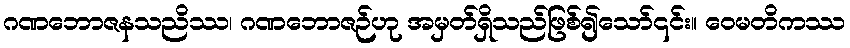
ဂဏဘောဇနသညိဿ၊ ဂဏဘောဇဉ်ဟု အမှတ်ရှိသည်ဖြစ်၍သော်၎င်း။ ဝေမတိကဿ